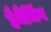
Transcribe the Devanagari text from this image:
हैबैचिंग